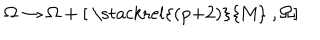
LaTeX: \Omega \rightarrow \Omega + [ { \raise 0 p t \mathrm { ~ \stackrel { ( p + 2 ) } { M } ~ } } , \Omega ]